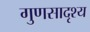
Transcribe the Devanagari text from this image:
गुणसादृश्य